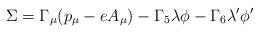
LaTeX: \begin{align*}\Sigma = \Gamma_{\mu} (p_{\mu} - e A_{\mu}) - \Gamma_{5} \lambda \phi - \Gamma_{6} \lambda' \phi' \end{align*}